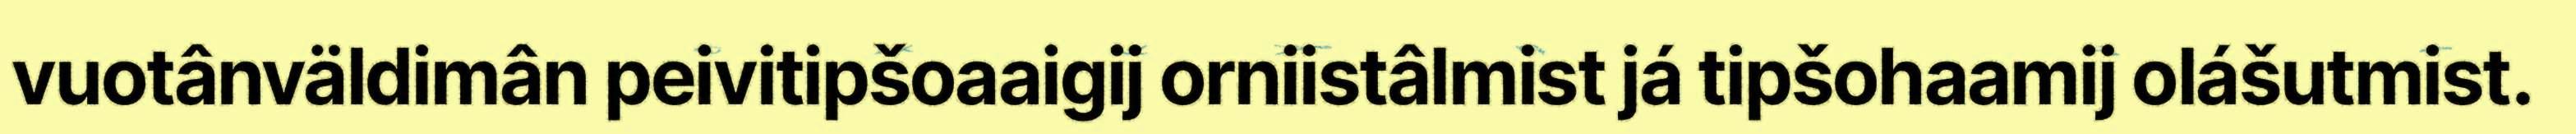
vuotânväldimân peivitipšoaaigij orniistâlmist já tipšohaamij olášutmist.